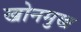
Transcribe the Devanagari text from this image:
खोनमुख